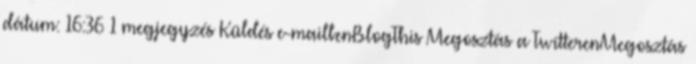
dátum: 16:36 1 megjegyzés Küldés e-mailbenBlogThis Megosztás a TwitterenMegosztás